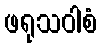
ဖရုသဝါစံ